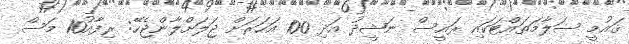
ޤައުމީ ސަލާމަތައްޓަކައި ރައީސް ނަޝީދު އަދި 100 އަހަރަށް ޖަލަށްލާންޖެހޭ: ރިފާއު10 މަސް